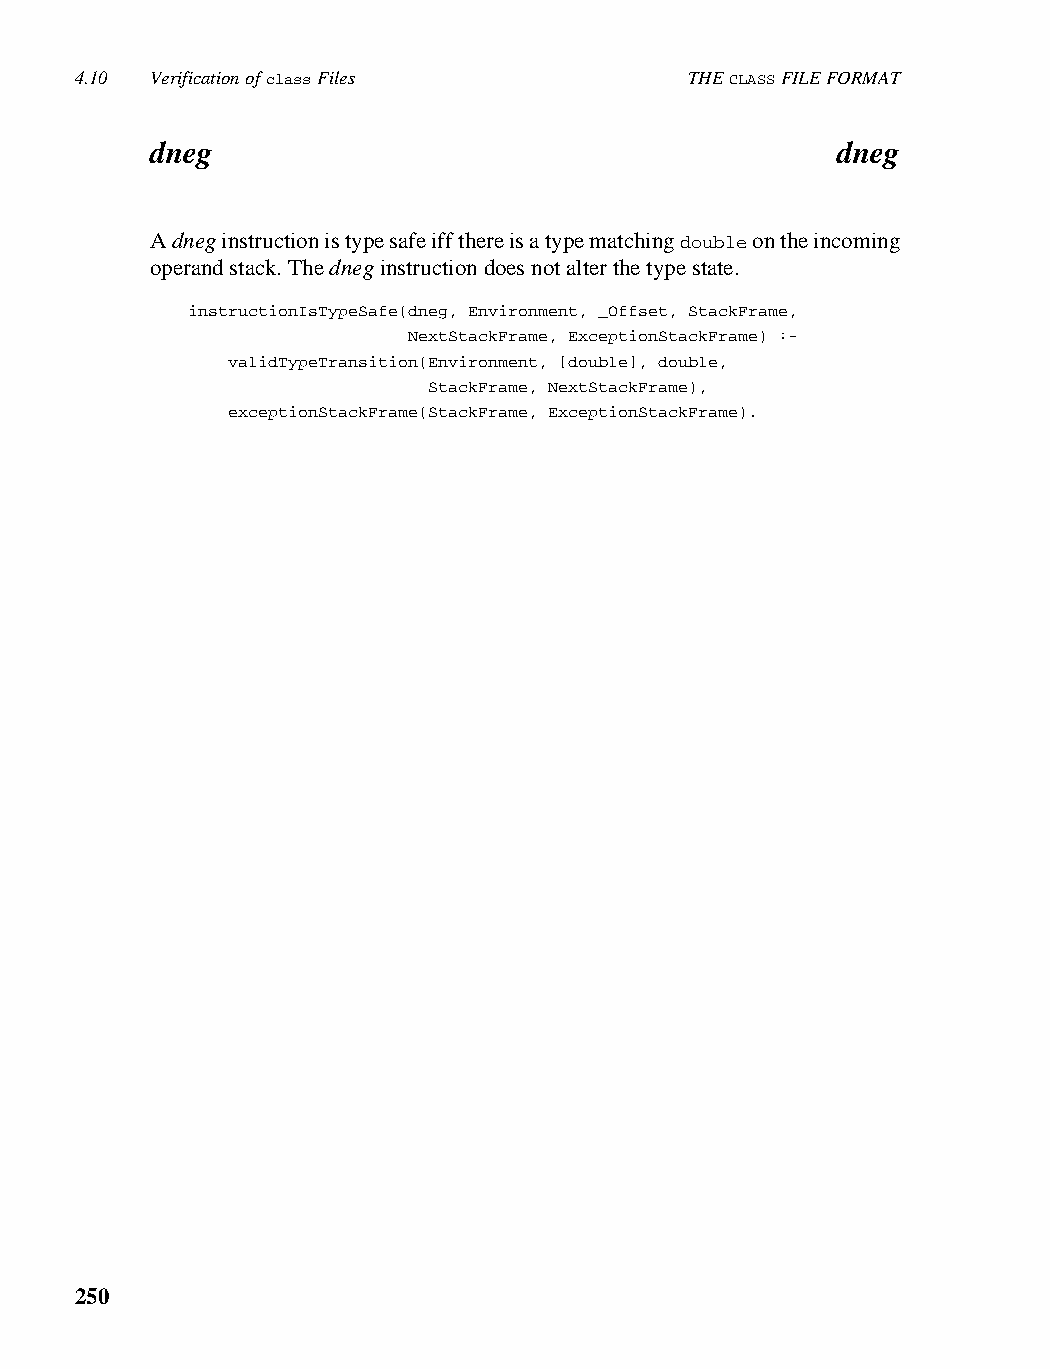
4.10 Verification of class Files         THE CLASS FILE FORMAT
 dneg                                         dneg
 A dneg instruction is type safe iff there is a type matching double on the incoming
 operand stack. The dneg instruction does not alter the type state.
 instructionIsTypeSafe(dneg, Environment, _Offset, StackFrame,
 NextStackFrame, ExceptionStackFrame) :-
 validTypeTransition(Environment, [double], double,
 StackFrame, NextStackFrame),
 exceptionStackFrame(StackFrame, ExceptionStackFrame).
 250